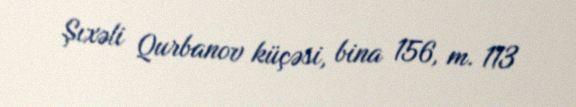
Şıxəli Qurbanov küçəsi, bina 156, m. 113